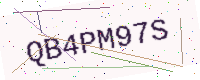
Text: QB4PM97S